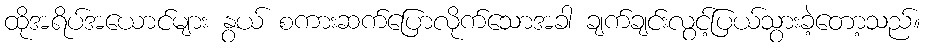
ထိုအရိပ်အယောင်များ နွယ် စကားဆက်ပြောလိုက်သောအခါ ချက်ချင်းလွင့်ပြယ်သွားခဲ့တော့သည်။